Burma Government Medical School reports 1907-22
Year: 1907
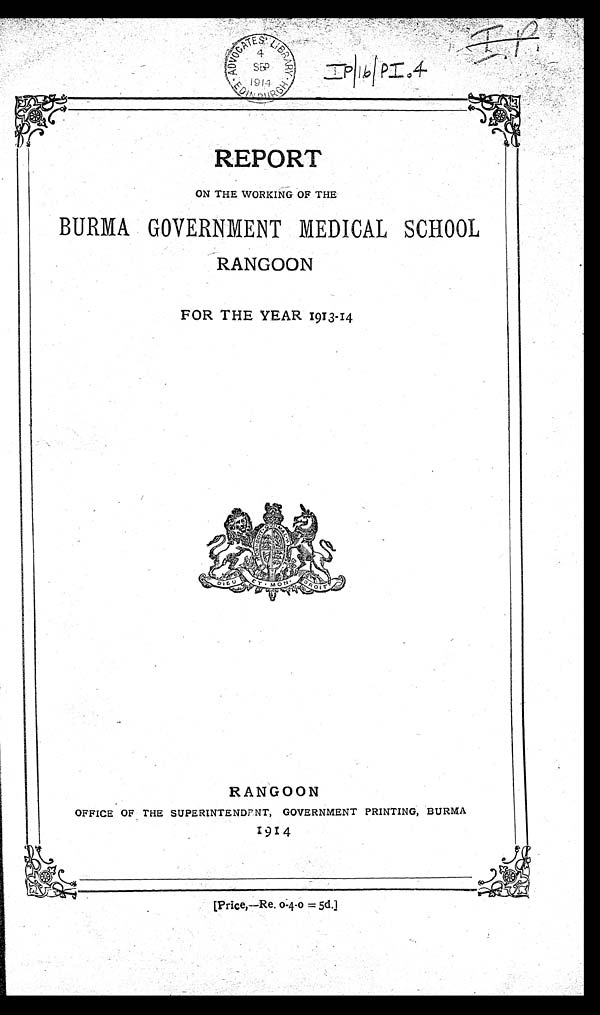
I P / 1 6 / P I . 4 I P
REPORT
ON THE WORKING OF THE
BURMA GOVERNMENT MEDICAL SCHOOL
RANGOON
FOR THE YEAR 1913-14
RANGOON
OFFICE OF THE SUPERINTENDENT, GOVERNMENT PRINTING, BURMA
1914
[ P r i c e , — R e o - 4 - o = 5 d . ]